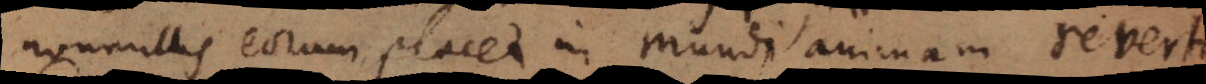
nonnullis eorum placet in mundi animam reverti.